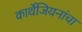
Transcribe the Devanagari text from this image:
कार्थेजियनांचा